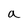
Character: a